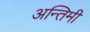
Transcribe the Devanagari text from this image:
अन्तिमी